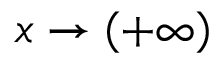
x \to ( + \infty )